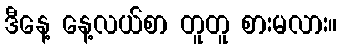
ဒီနေ့ နေ့လယ်စာ တူတူ စားမလား။